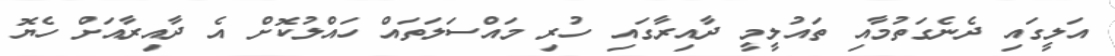
އަލީގައި ދެނެގަތުމާއި ތައުލީމީ ދާއިރާގައި ހުރި މައްސަލަތައް ހައްލުކޮށް އެ ދާއިރާއަށް ހެޔޮ